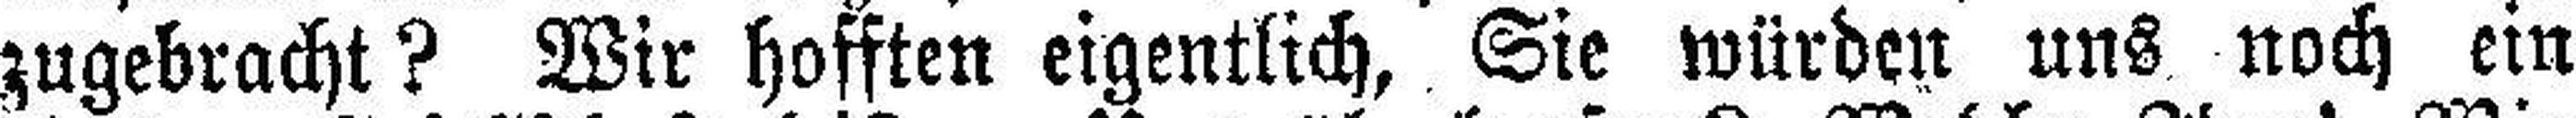
zugebracht? Wir hofften eigentlich, Sie würden uns noch ein